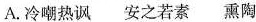
A. 冷嘲热讽 安之若素 熏陶